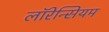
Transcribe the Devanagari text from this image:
लॉरेन्सियम